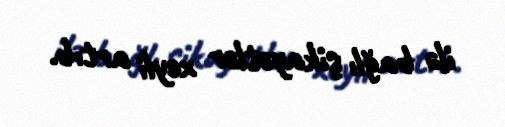
ilə bağlı şikayətlər xeyli artıb.